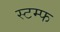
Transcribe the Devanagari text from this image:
स्टम्फ